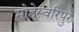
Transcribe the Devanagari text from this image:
मोहेस्वरिपुर